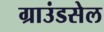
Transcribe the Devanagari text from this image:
ग्राउंडसेल